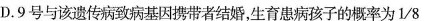
D.9号与该遗传病致病基因携带者结婚，生育患病孩子的概率为1/8